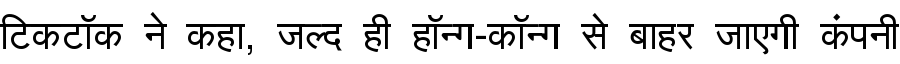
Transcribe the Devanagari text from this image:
टिकटॉक ने कहा, जल्द ही हॉन्ग-कॉन्ग से बाहर जाएगी कंपनी